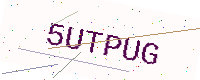
Text: 5UTPUG